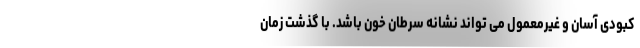
کبودی آسان و غیرمعمول می تواند نشانه سرطان خون باشد. با گذشت زمان